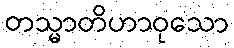
တသ္မာတိဟာဝုသော